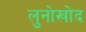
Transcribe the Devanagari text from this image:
लुनोखोद